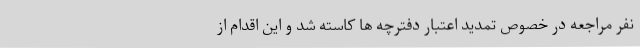
نفر مراجعه در خصوص تمدید اعتبار دفترچه ها کاسته شد و این اقدام از